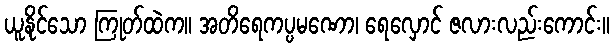
ယူနိုင်သော ကြုတ်ထဲက။ အတိရေကပ္ပမဏော၊ ရေလှောင် ဇလားလည်းကောင်း။